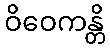
ဝိဝေကန္တိ